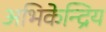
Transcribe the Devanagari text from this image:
अभिकेन्द्रिय